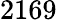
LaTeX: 2169